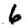
Digit: 6